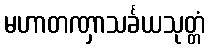
မဟာတဏှာသင်္ခယသုတ္တံ